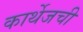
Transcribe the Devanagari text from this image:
कार्थेजची